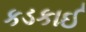
કડકાઈ